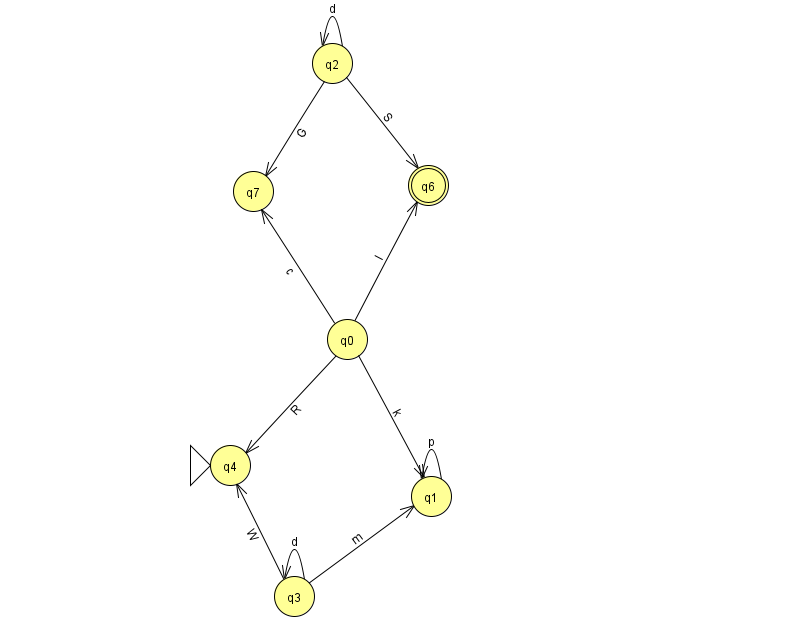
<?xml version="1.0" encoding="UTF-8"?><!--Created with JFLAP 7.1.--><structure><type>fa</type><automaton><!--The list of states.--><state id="0" name="q0"><x>347.0</x><y>326.0</y></state><state id="1" name="q1"><x>431.0</x><y>483.0</y></state><state id="2" name="q2"><x>332.0</x><y>50.0</y></state><state id="3" name="q3"><x>294.0</x><y>583.0</y></state><state id="4" name="q4"><x>230.0</x><y>452.0</y><initial/></state><state id="6" name="q6"><x>428.0</x><y>172.0</y><final/></state><state id="7" name="q7"><x>253.0</x><y>178.0</y></state><!--The list of transitions.--><transition><from>1</from><to>1</to><read>p</read></transition><transition><from>0</from><to>1</to><read>k</read></transition><transition><from>0</from><to>4</to><read>R</read></transition><transition><from>0</from><to>6</to><read>l</read></transition><transition><from>0</from><to>7</to><read>c</read></transition><transition><from>2</from><to>2</to><read>d</read></transition><transition><from>3</from><to>3</to><read>d</read></transition><transition><from>2</from><to>6</to><read>S</read></transition><transition><from>3</from><to>1</to><read>m</read></transition><transition><from>3</from><to>4</to><read>W</read></transition><transition><from>2</from><to>7</to><read>G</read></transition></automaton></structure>